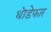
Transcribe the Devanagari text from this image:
थॊडेफार